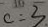
c = 3